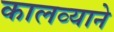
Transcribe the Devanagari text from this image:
कालव्याने